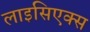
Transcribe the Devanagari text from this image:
लाइसिएक्स